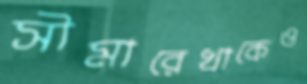
সীমারেখাকেও